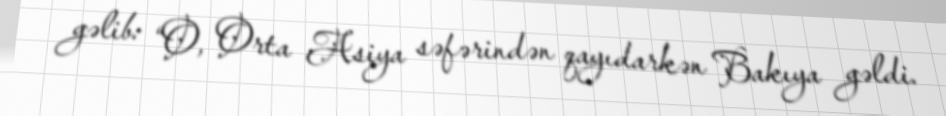
gəlib: “O, Orta Asiya səfərindən qayıdarkən Bakıya gəldi.